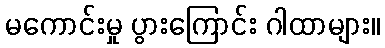
မကောင်းမှု ပွားကြောင်း ဂါထာများ။